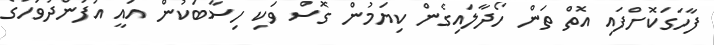
ފާހަގަކޮށްފައި އޮތް ތަން ހޯދާލައިގެން ކިޔަމުން ގޮސް ވަކި ހިސާބަކުން އައީ އުފަންދުވަހުގެ